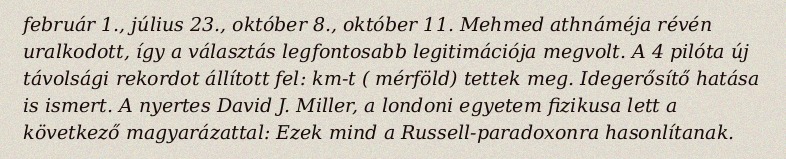
február 1., július 23., október 8., október 11. Mehmed athnáméja révén uralkodott, így a választás legfontosabb legitimációja megvolt. A 4 pilóta új távolsági rekordot állított fel:  km-t ( mérföld) tettek meg. Idegerősítő hatása is ismert. A nyertes David J. Miller, a londoni egyetem fizikusa lett a következő magyarázattal: Ezek mind a Russell-paradoxonra hasonlítanak.